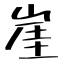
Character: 崖